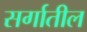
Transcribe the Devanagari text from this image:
सर्गातील